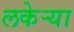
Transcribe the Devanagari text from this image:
लकेऱ्या